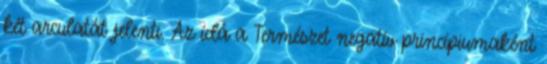
két arculatát jelenti. Az ídá a Természet negatív princípiumaként